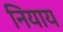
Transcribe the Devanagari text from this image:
नियाय